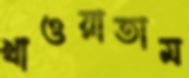
খাওয়াতাম